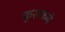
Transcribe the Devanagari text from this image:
कुसकबे